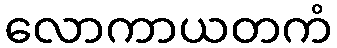
လောကာယတကံ